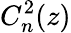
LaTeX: C_{n}^{2}(z)